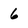
Character: 6